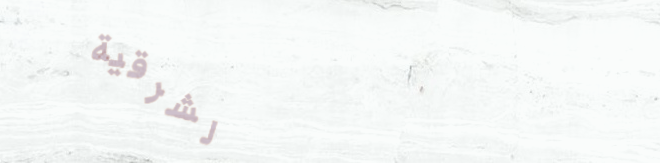
صالحة للحلويات الشرقية